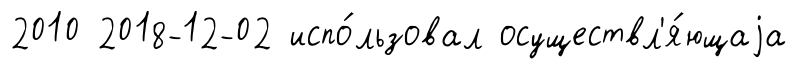
2010 2018-12-02 испо́льзовал осуществл'я́ющаjа